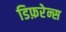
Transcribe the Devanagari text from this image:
डिफ़रेन्स